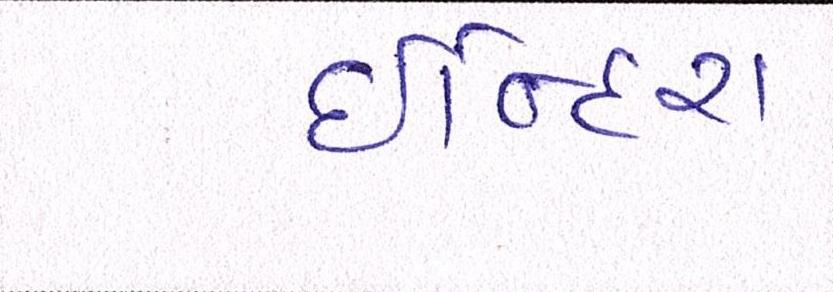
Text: ઈન્દિરા